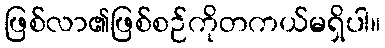
ဖြစ်လာ၏ဖြစ်စဉ်ကိုတကယ်မရှိပါ။